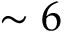
\sim 6